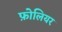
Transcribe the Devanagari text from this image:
फ़ोलियर